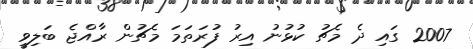
2007 ގައި ދެ މެޗު ކުޅުނު އިރު ފުރަތަމަ މެޗުން ރާއްޖެ ބަލިވީ